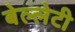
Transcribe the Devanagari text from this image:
बेल्लेटी